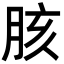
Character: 胲